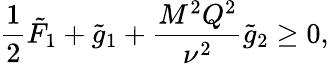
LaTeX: \frac{1}{2}\tilde{F}_{1}+\tilde{g}_{1}+\frac{M^{2}Q^{2}}{\nu^{2}}\tilde{g}_{2}\geq 0,